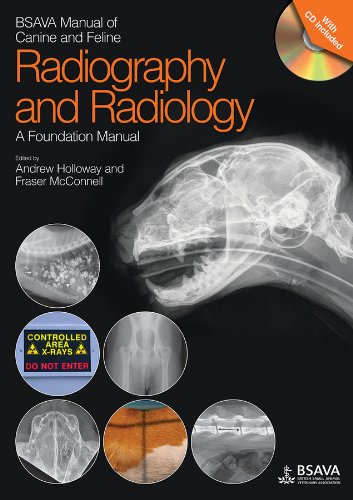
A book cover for BSAVA Manual of Canine and Feline Radiography and Radiology: A Foundation Manual; Andrew Holloway; Medical Books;